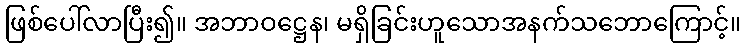
ဖြစ်ပေါ်လာပြီး၍။ အဘာဝဋ္ဌေန၊ မရှိခြင်းဟူသောအနက်သဘောကြောင့်။